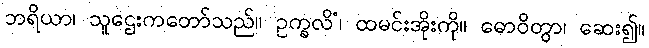
ဘရိယာ၊ သူဌေးကတော်သည်။ ဥက္ခလိံ၊ ထမင်းအိုးကို။ ဓောဝိတွာ၊ ဆေး၍။